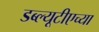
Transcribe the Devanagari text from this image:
डब्ल्यूटीएच्या